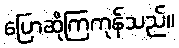
ပြောဆိုကြကုန်သည်။